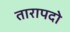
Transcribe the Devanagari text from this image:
तारापदो